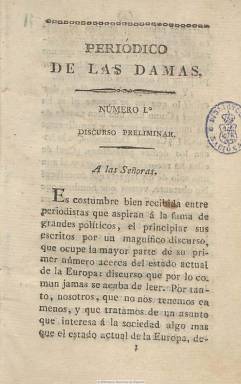
Título: Periódico de las damas
Colección: Periódicos anteriores a 1850
Ámbito geográfico: Madrid
Lugar de publicación: Madrid
Fechas: 01/01/1822-24/06/1822

Considerado el primer periódico español íntegramente “femenino” y de modas, al estilo de los que se publican en esos años en París o en Londres, aparecerá en un periodo de efervescencia política como la del Trienio Liberal. Aparece en entregas de 48 páginas, más cuatro de cubiertas, que están acompañadas de una hoja suelta con un dibujo a pluma coloreado de figurines parisinos de mujeres y hombres procedentes de L’Observateur des modes. La colección incluye el Prospecto y, con frecuencia semanal, comienza el primer lunes de enero de 1822. Su propietario y principal redactor es el impresor y editor madrileño, de talante liberal moderado, León Amarita Reverte (1774-?), que en 1820 había fundado El censor, el periódico de mayor prestigio del trienio, en el que escribirán Lista, Hermosilla y otras celebridades de la época. A partir del número 14, estará acompañado de Lucas Alemán y Aguado, seudónimo anagramático del médico y también escritor y periodista liberal Manuel Casal y Aguado (1751-1837).

Compuesto a una columna, contiene artículos, noticias y comunicados –algunos sacados de los periódicos extranjeros de su mismo carácter- sobre el influjo de las mujeres en la sociedad, sus costumbres o de semblanzas de mujeres ilustres, pero también divulgativos e ilustrativos sobre la actividad política parlamentaria y constitucional del periodo. A ellos se añaden otros de carácter literario –poesías, diálogos o anécdotas histórico-moralizantes-, de modas y de amenidades (charadas y enigmas). Entre sus textos, destacan las Cartas de una madre a una hija que va a tomar estado, una serie de consejos a las mujeres sobre el matrimonio y el hogar. Jiménez Morell (1992) sitúa esta publicación en la transición entre el periodismo femenino del siglo dieciocho y el de la mitad del diecinueve, y en sus últimos números defenderá abiertamente la incorporación de la mujer al trabajo. Entre las firmas de sus textos aparece la de Josefa del Castillo y la de J.R.D.P.

Destinado a las ‘señoras’ de las clases altas, y difundido por suscripción en Madrid y provincias, el 24 de junio del mismo año publica su 25 y última entrega, días antes de que también desapareciera El censor.  Entre sus lectoras se contaban algunas mujeres de la aristocracia y en Madrid la mitad de sus suscripciones eran de varones, y le hubiera bastado tener 200 de estas para su viabilidad económica. Los primeros ocho números carecen de data.